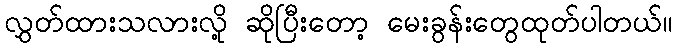
လွှတ်ထားသလားလို့ ဆိုပြီးတော့ မေးခွန်းတွေထုတ်ပါတယ်။